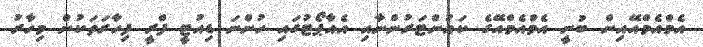
އެމްއެމްއޭއިން ބުނީ އެމްއެމްއޭގެ ކައުންޓަރުންނާއި އެއާޕޯޓުގައި ހުންނަ ޑިއުޓީ ފްރީ ފިހާރަތަކުން މިހާރު